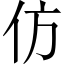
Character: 仿